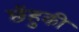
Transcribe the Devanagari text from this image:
छेंहुकी